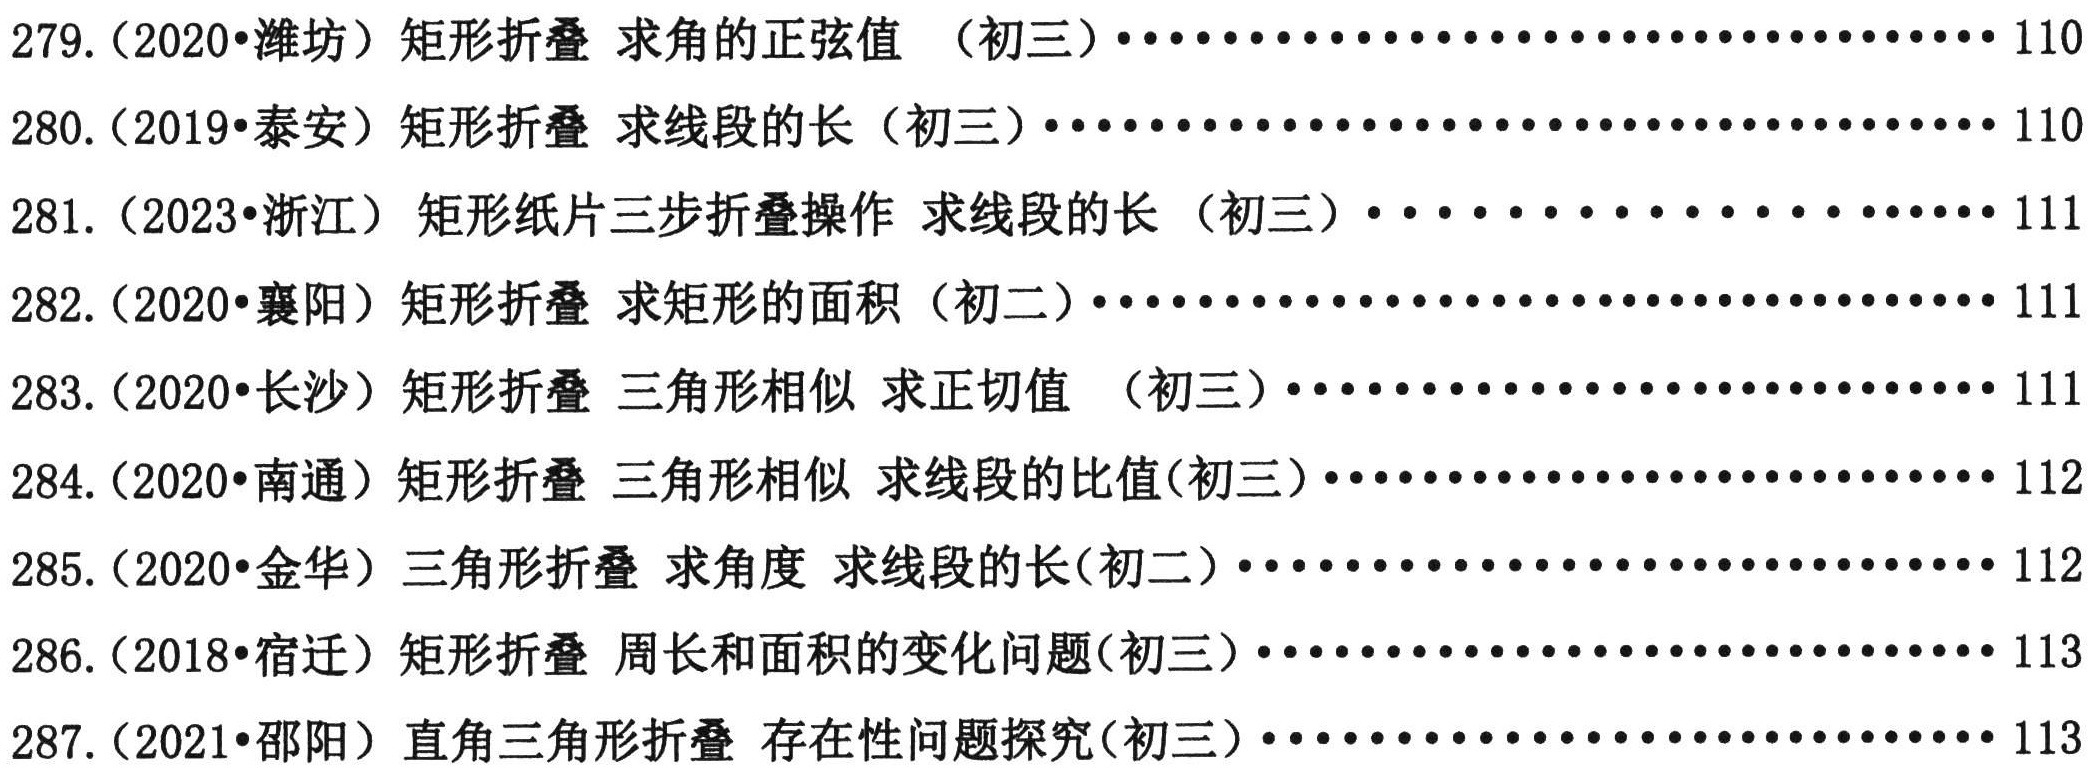
279. (2020•潍坊) 矩形折叠 求角的正弦值 （初三）·································· 110\\
280. (2019•泰安) 矩形折叠 求线段的长（初三）·································· 110\\
281. (2023•浙江) 矩形纸片三步折叠操作 求线段的长（初三）······················ 111\\
282. (2020•襄阳) 矩形折叠 求矩形的面积（初二）·································· 111\\
283. (2020•长沙) 矩形折叠 三角形相似 求正切值 （初三）······················ 111\\
284. (2020•南通) 矩形折叠 三角形相似 求线段的比值(初三）······················ 112\\
285. (2020•金华) 三角形折叠 求角度 求线段的长(初二）······················ 112\\
286. (2018•宿迁) 矩形折叠 周长和面积的变化问题(初三）······················ 113\\
287. (2021•邵阳) 直角三角形折叠 存在性问题探究(初三）······················ 113\\